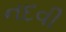
નદવી